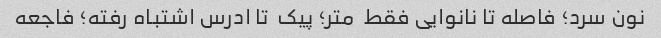
نون سرد؛ فاصله تا نانوایی فقط  متر؛ پیک  تا ادرس اشتباه رفته؛ فاجعه